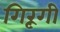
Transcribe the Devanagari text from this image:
गिरूंगी